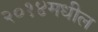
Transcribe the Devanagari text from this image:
२०१४मधील